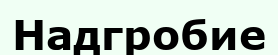
Надгробие